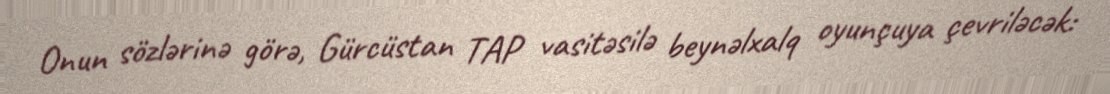
Onun sözlərinə görə, Gürcüstan TAP vasitəsilə beynəlxalq oyunçuya çevriləcək: